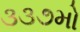
૩૩૭મો